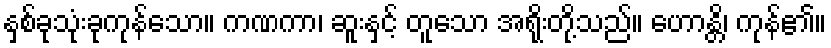
နှစ်ခုသုံးခုကုန်သော။ ကဏကာ၊ ဆူးနှင့် တူသော အရိုးတို့သည်။ ဟောန္တိ၊ ကုန်၏။